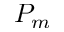
P _ { m }